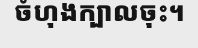
ចំហុងក្បាលចុះ។